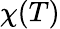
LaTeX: \chi(T)